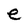
Character: e